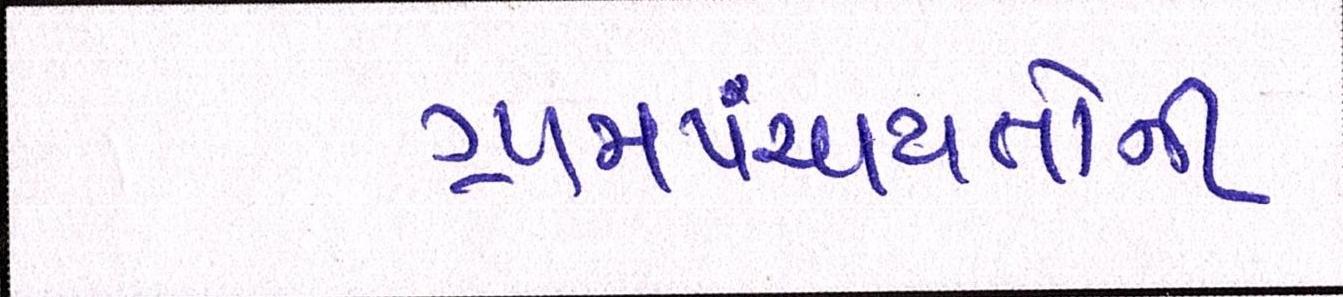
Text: ગ્રામપંચાયતોની